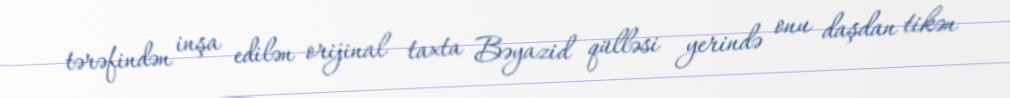
tərəfindən inşa edilən orijinal taxta Bəyazid qülləsi yerində onu daşdan tikən